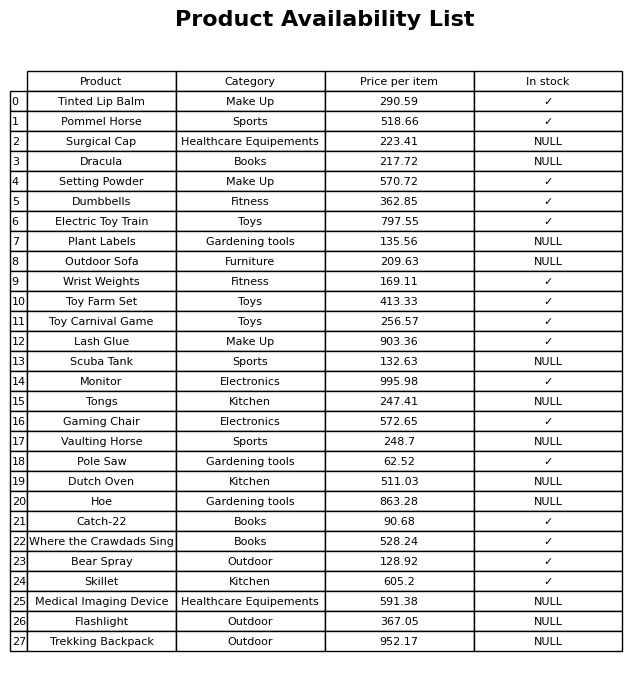
question: What is the price of the Dutch Oven?
answer: The price of Dutch Oven is 511.03.